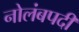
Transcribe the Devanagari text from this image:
नोलंबपदी